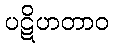
ပဋိဟတာဝ